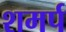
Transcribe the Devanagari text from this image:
शमर्प